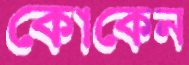
কোকেন